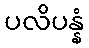
ပလိပန္နံ